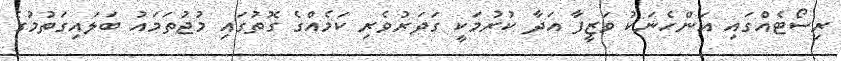
ރިސޯޓެއްގައި އަންހެނަކު ވަޒީފާ އަދާ ކުރުމަކީ ގަދަރުވެރި ކަމެއްގެ ގޮތުގައި މުޖުތަމައު ބަލައިގަތުމުގެ